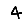
Digit: 4